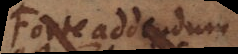
Forte addendum